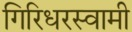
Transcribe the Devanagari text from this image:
गिरिधरस्वामी